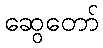
ဆွေတော်